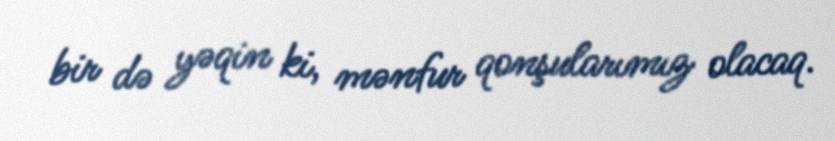
bir də yəqin ki, mənfur qonşularımız olacaq.